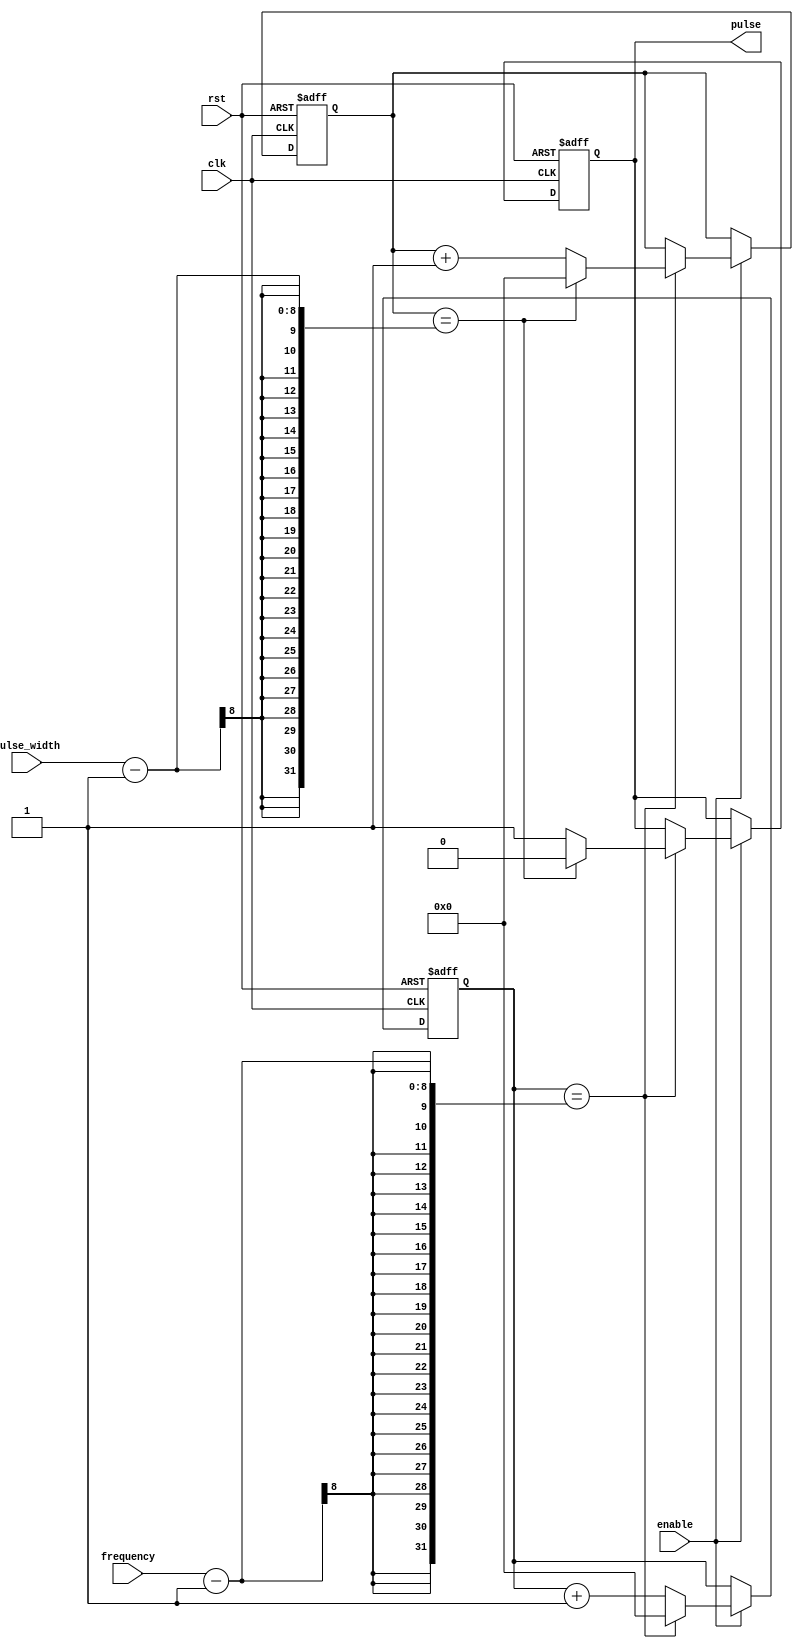
module pulse_generator (
  input wire clk, // clock signal
  input wire rst, // reset signal
  input wire enable, // enable signal
  input wire [7:0] pulse_width, // pulse width control input
  input wire [7:0] frequency, // frequency control input
  output reg pulse // pulse output
);

reg [7:0] count = 8'd0; // counter for frequency control
reg [7:0] width_counter = 8'd0; // counter for pulse width control

always @(posedge clk or posedge rst) begin
  if (rst) begin
    count <= 8'd0;
    width_counter <= 8'd0;
    pulse <= 1'b0;
  end else if (enable) begin
    count <= count + 1;
    if (count == frequency - 1) begin
      count <= 8'd0;
      width_counter <= width_counter + 1;
      if (width_counter == pulse_width - 1) begin
        width_counter <= 8'd0;
        pulse <= 1'b0;
      end else begin
        pulse <= 1'b1;
      end
    end
  end
end

endmodule